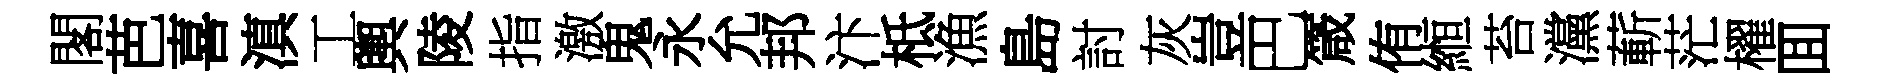
閣芭喜滇工輿陵指激鬼永允邦汴柢漁島討灰豈巴箴侑縆苔灙蔪茫櫂囬